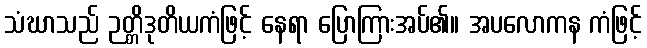
သံဃာသည် ဉတ္တိဒုတိယကံဖြင့် နေရာ ပြောကြားအပ်၏။ အပလောကန ကံဖြင့်